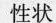
性状